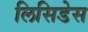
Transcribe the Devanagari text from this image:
लिसिडेस